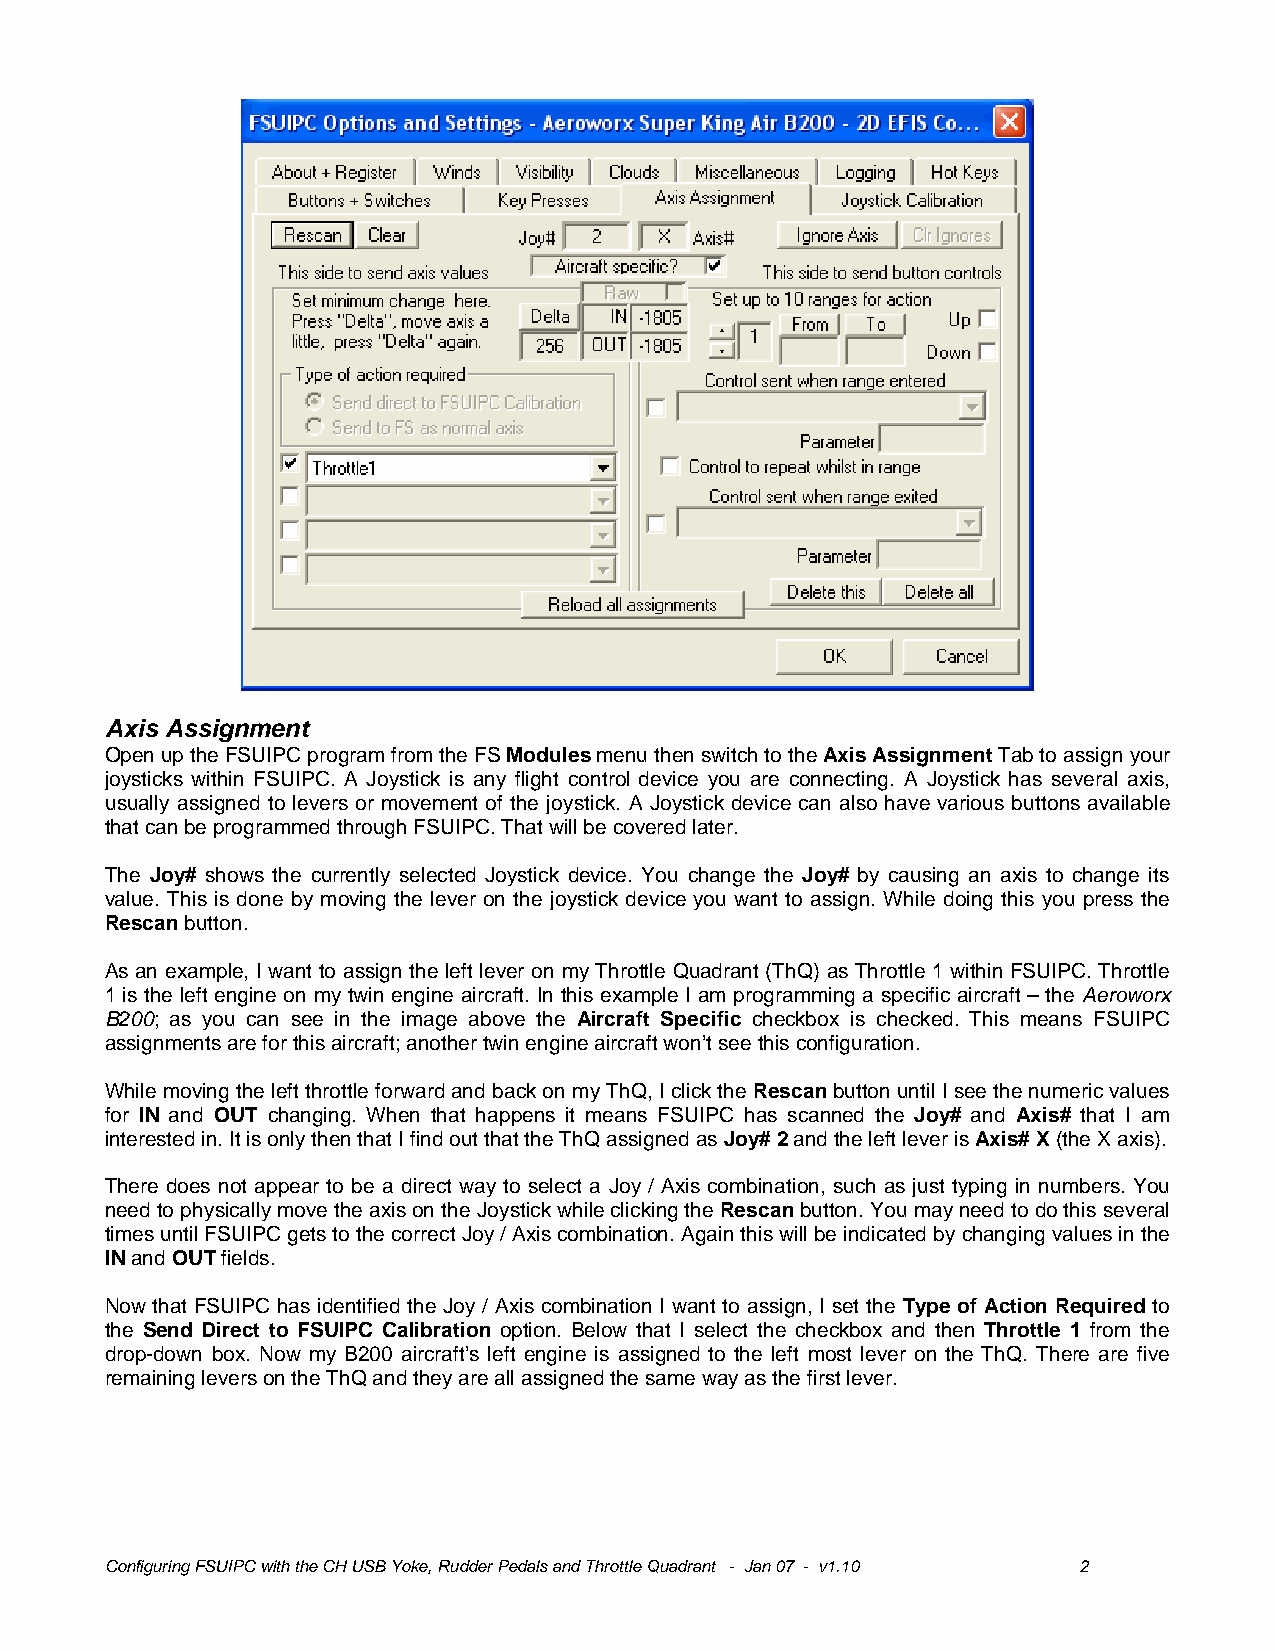
Axis Assignment
 Open up the FSUIPC program from the FS Modules menu then switch to the Axis Assignment Tab to assign your
 joysticks within FSUIPC. A Joystick is any flight control device you are connecting. A Joystick has several axis,
 usually assigned to levers or movement of the joystick. A Joystick device can also have various buttons available
 that can be programmed through FSUIPC. That will be covered later.
 The Joy# shows the currently selected Joystick device. You change the Joy# by causing an axis to change its
 value. This is done by moving the lever on the joystick device you want to assign. While doing this you press the
 Rescan button.
 As an example, I want to assign the left lever on my Throttle Quadrant (ThQ) as Throttle 1 within FSUIPC. Throttle
 1 is the left engine on my twin engine aircraft. In this example I am programming a specific aircraft – the Aeroworx
 B200; as you can see in the image above the Aircraft Specific checkbox is checked. This means FSUIPC
 assignments are for this aircraft; another twin engine aircraft won’t see this configuration.
 While moving the left throttle forward and back on my ThQ, I click the Rescan button until I see the numeric values
 for IN and OUT changing. When that happens it means FSUIPC has scanned the Joy# and Axis# that I am
 interested in. It is only then that I find out that the ThQ assigned as Joy# 2 and the left lever is Axis# X (the X axis).
 There does not appear to be a direct way to select a Joy / Axis combination, such as just typing in numbers. You
 need to physically move the axis on the Joystick while clicking the Rescan button. You may need to do this several
 times until FSUIPC gets to the correct Joy / Axis combination. Again this will be indicated by changing values in the
 IN and OUT fields.
 Now that FSUIPC has identified the Joy / Axis combination I want to assign, I set the Type of Action Required to
 the Send Direct to FSUIPC Calibration option. Below that I select the checkbox and then Throttle 1 from the
 drop-down box. Now my B200 aircraft’s left engine is assigned to the left most lever on the ThQ. There are five
 remaining levers on the ThQ and they are all assigned the same way as the first lever.
 Configuring FSUIPC with the CH USB Yoke, Rudder Pedals and Throttle Quadrant - Jan 07 - v1.10 2